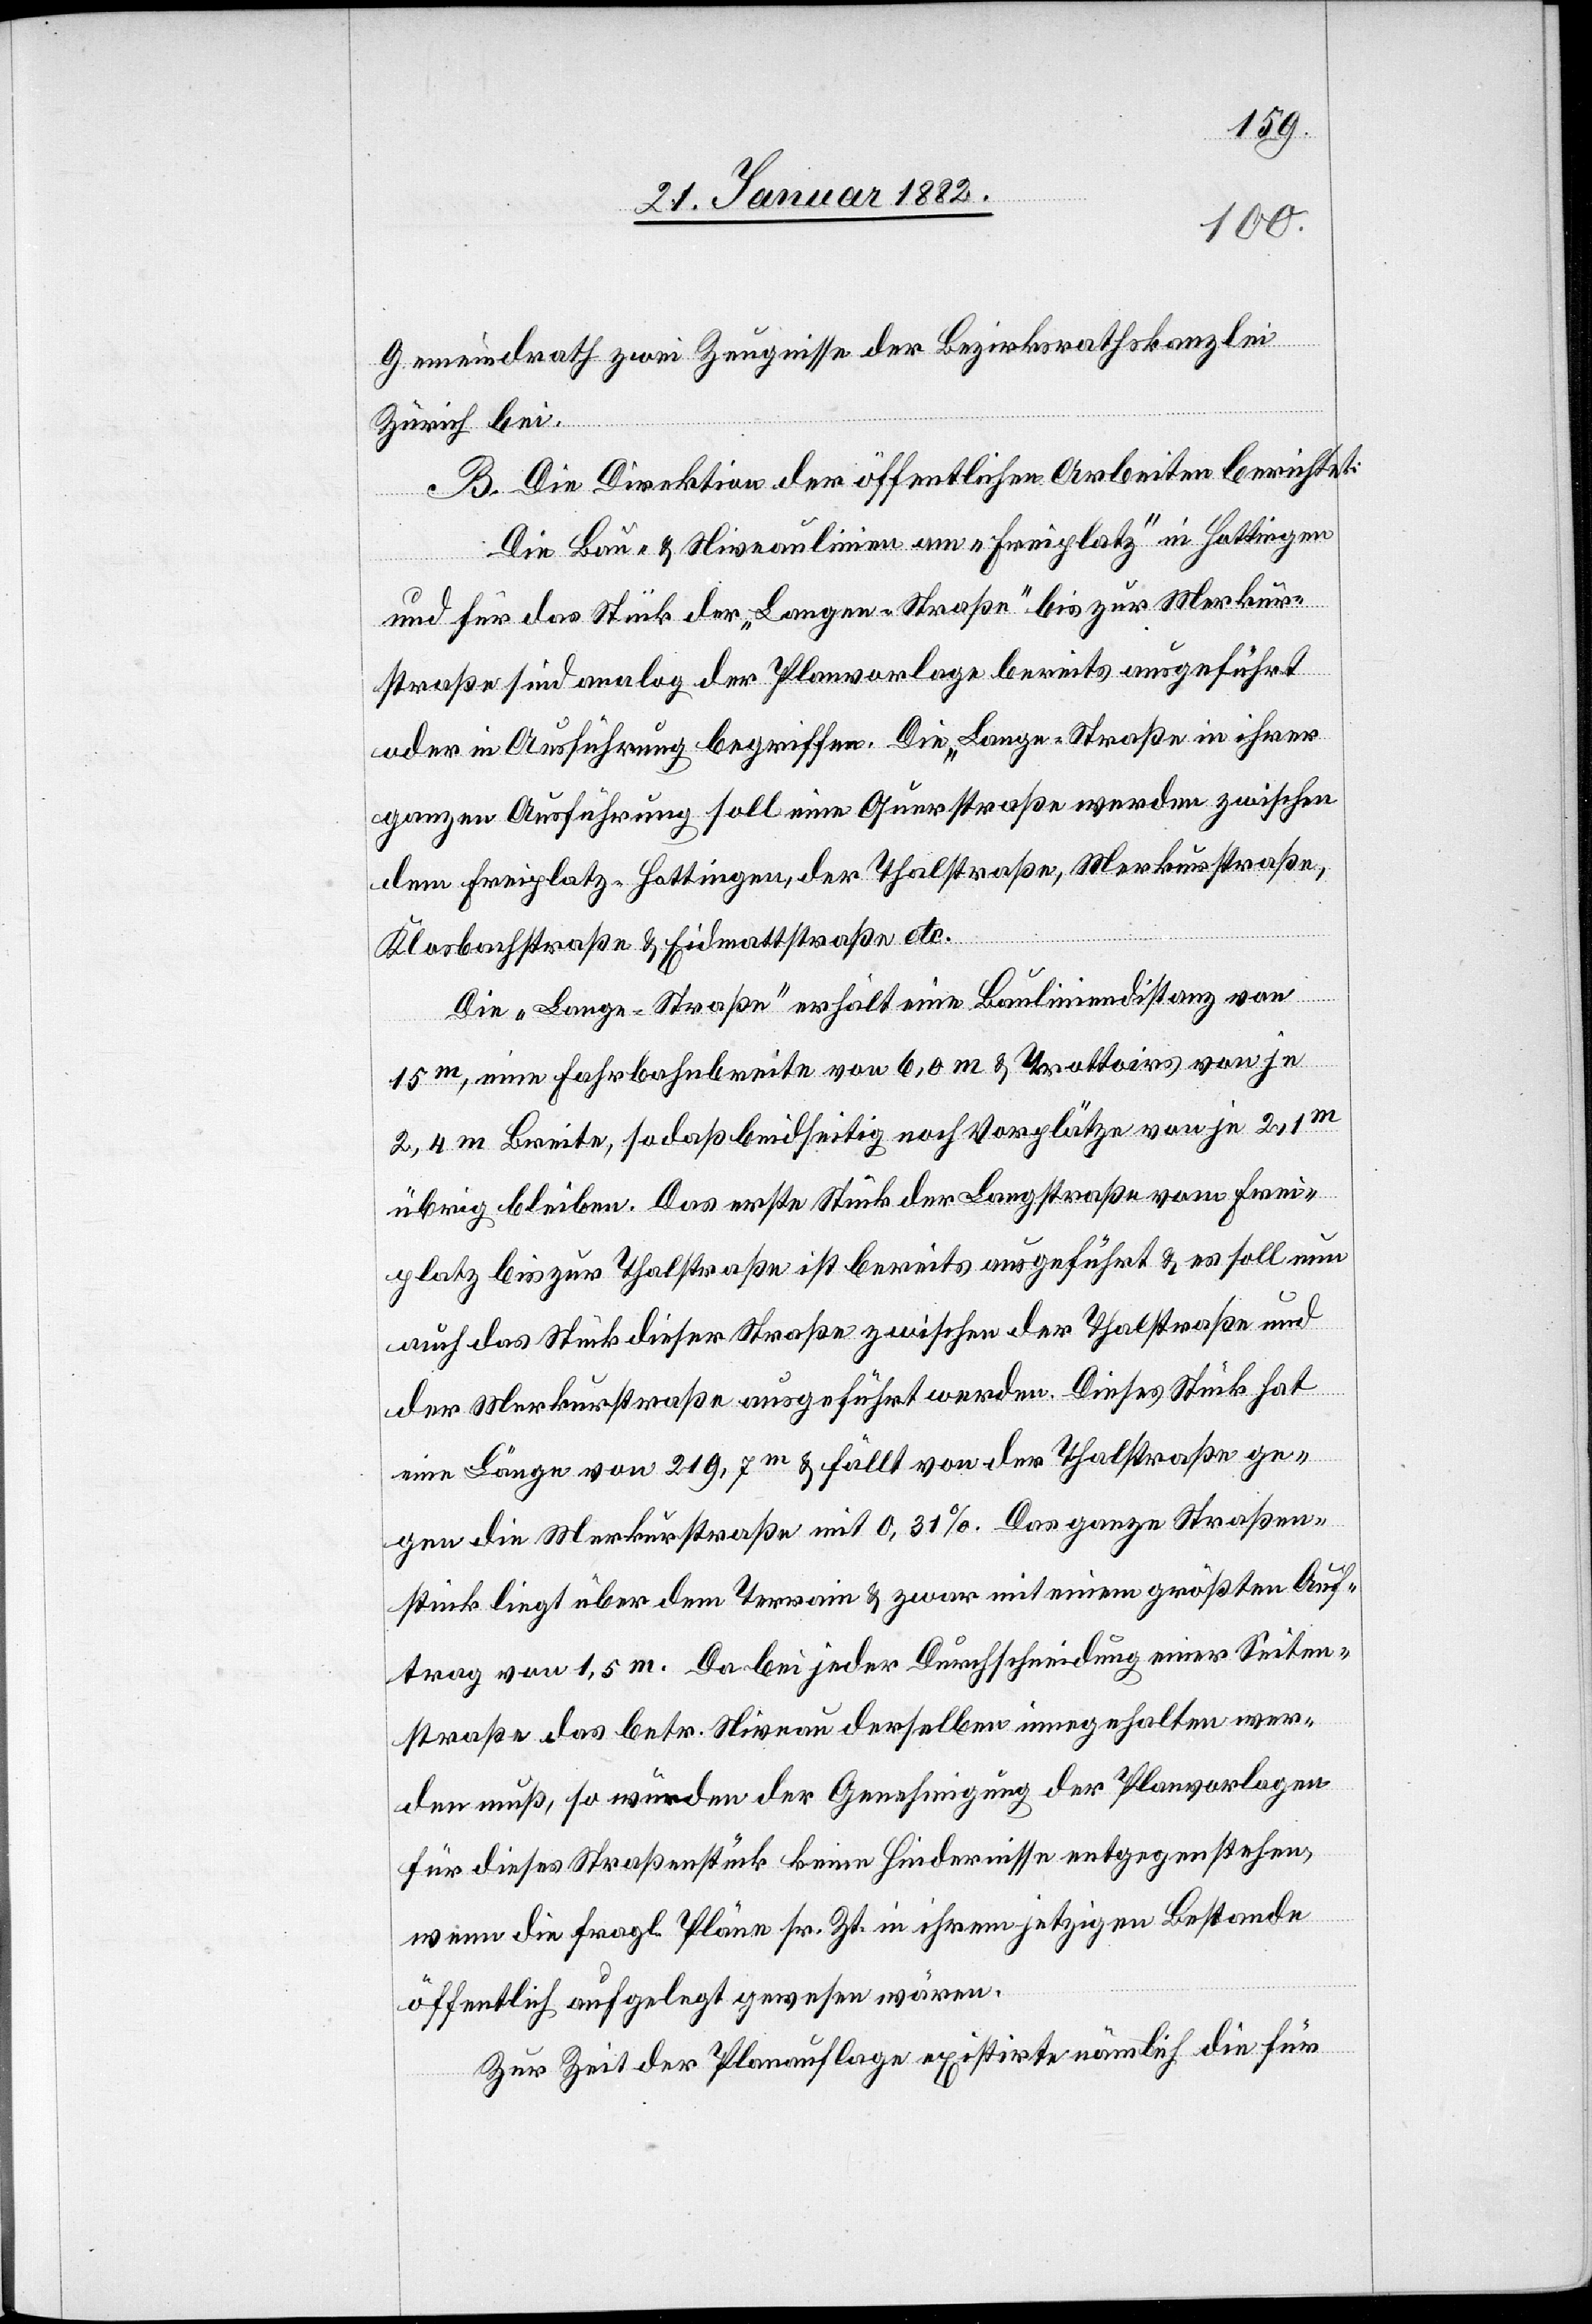
Gemeindrath zwei Zeugnisse der Bezirksrathskanzlei
Zürich bei.
B. Die Direktion der öffentlichen Arbeiten berichtet:
Die Bau- & Niveaulinien am „Freiplatz“ in Hottingen
und für das Stück der „Langen-Straße“ bis zur Merkur¬
straße sind analog der Planvorlage bereits ausgeführt
oder in Ausführung begriffen. Die „Lange-Straße“ in ihrer
ganzen Ausführung soll eine Querstraße werden zwischen
dem Freiplatz-Hottingen, der Thalstraße, Merkurstraße,
Klosbachstraße & Eidmattstraße etc.
Die „Lange-Straße“ erhält eine Bauliniendistanz von
15m, eine Fahrbahnbreite von 6,0 m & Trottoirs von je
2,4 m Breite, sodaß beidseitig noch Vorplätze von je 2,1m
übrig bleiben. Das erste Stück der Langstraße vom Früh¬
platz bis zur Thalstraße ist bereits ausgeführt & es soll nun
auf das Stück dieser Straße zwischen der Thalstraße und
der Merkurstraße ausgeführt werden. Dieses Stück hat
eine Länge von 219,7m & fällt von der Thalstraße ge¬
gen die Merkurstraße mit 0,31% mit einem größten
ftrag von 1,5 m. Da bei jeder Durchschneidung einer Seiten¬
straße das betr. Niveau derselben innegehalten wer¬
den muß, so würde der Genehmigung der Planvorlagen
für dieses Straßenstück keine Hindernisse entgegenstehen,
Au¬
wenn die fragl. Pläne sr. Zt. in ihrem jetzigen Bestande
öffentlich aufgelegt gewesen wären.
Zur Zeit der Planauflage existirte nämlich die für